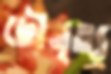
ছৌনৃত্য